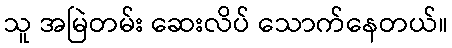
သူ အမြဲတမ်း ဆေးလိပ် သောက်နေတယ်။